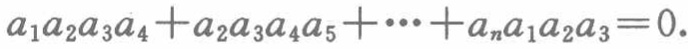
\(a_{1}a_{2}a_{3}a_{4}+a_{2}a_{3}a_{4}a_{5}+\cdots +a_{n}a_{1}a_{2}a_{3}=0\)